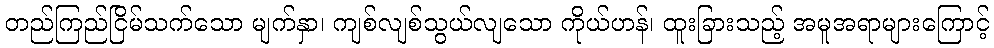
တည်ကြည်ငြိမ်သက်သော မျက်နှာ၊ ကျစ်လျစ်သွယ်လျသော ကိုယ်ဟန်၊ ထူးခြားသည့် အမူအရာများကြောင့်